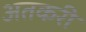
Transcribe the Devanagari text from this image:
अतकरी